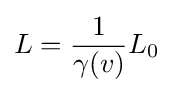
L={\frac {1}{\gamma (v)}}L_{0}